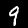
Digit: 9